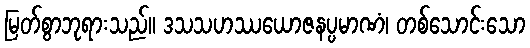
မြတ်စွာဘုရားသည်။ ဒသသဟဿယောဇနပ္ပမာဏံ၊ တစ်သောင်းသော